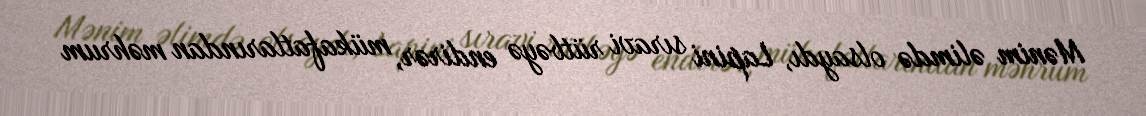
Mənim əlimdə olsaydı, Lapini sıravi rütbəyə endirər, mükafatlarından məhrum